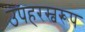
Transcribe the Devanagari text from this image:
उपहरस्वरूप